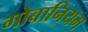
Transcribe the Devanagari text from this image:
गोबानियम